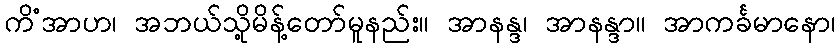
ကိံအာဟ၊ အဘယ်သို့မိန့်တော်မူနည်း။ အာနန္ဒ၊ အာနန္ဒာ။ အာကင်္ခမာနော၊